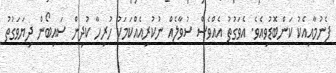
ފެނުމާއިއެކު ކަންބޮޑުވިއެވެ. އެވަގުތު އެއްވެސް ސުވާލެއް ނުކުރިއެއްކަމަކު ހުރިހާ ކުދިން ސައިބޯން ދިޔަވަގުތު